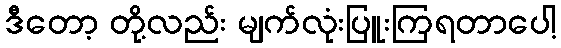
ဒီတော့ တို့လည်း မျက်လုံးပြူးကြရတာပေါ့